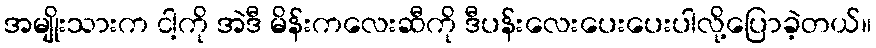
အမျိုးသားက ငါ့ကို အဲဒီ မိန်းကလေးဆီကို ဒီပန်းလေးပေးပေးပါလို့ပြောခဲ့တယ်။